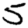
Digit: 5